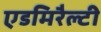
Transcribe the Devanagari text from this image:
एडमिरैल्टी